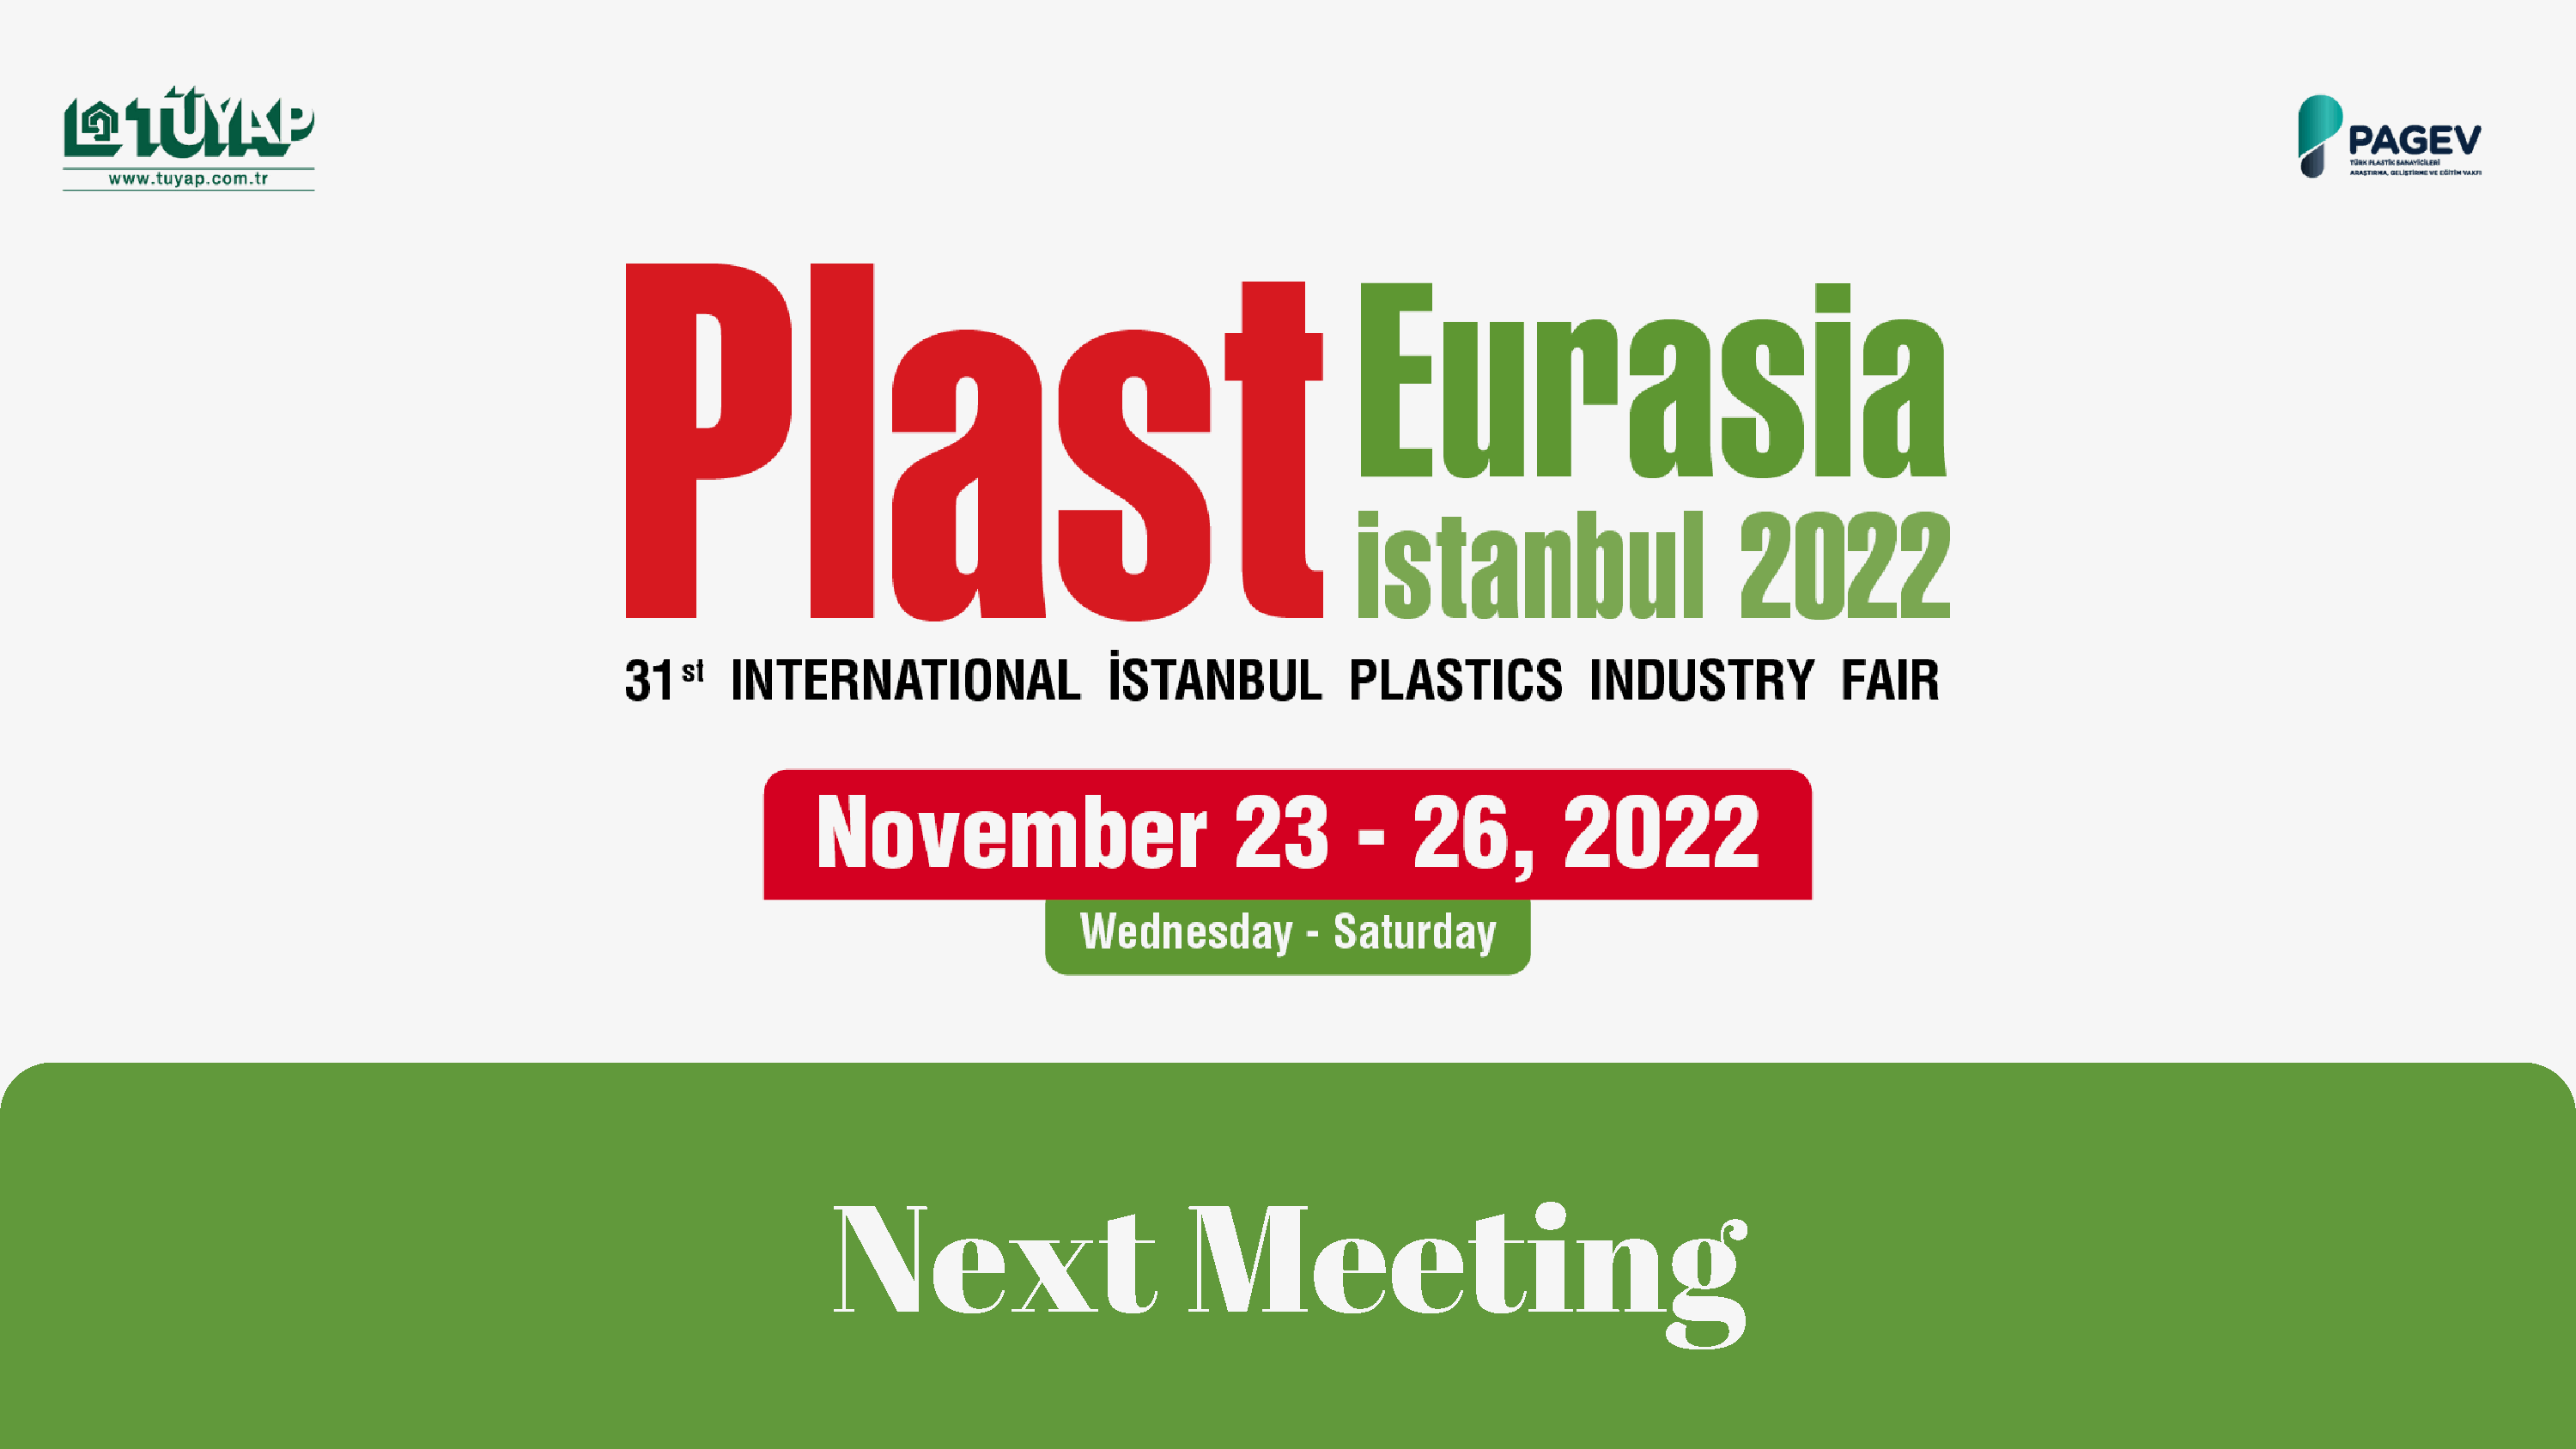
Next                       Meetng